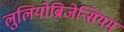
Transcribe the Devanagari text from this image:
लुलियोब्रिजेन्सियम